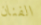
الفنان